Plague in India, 1896, 1897 - Volume 3
Year: 1896
Disease focus: Plague
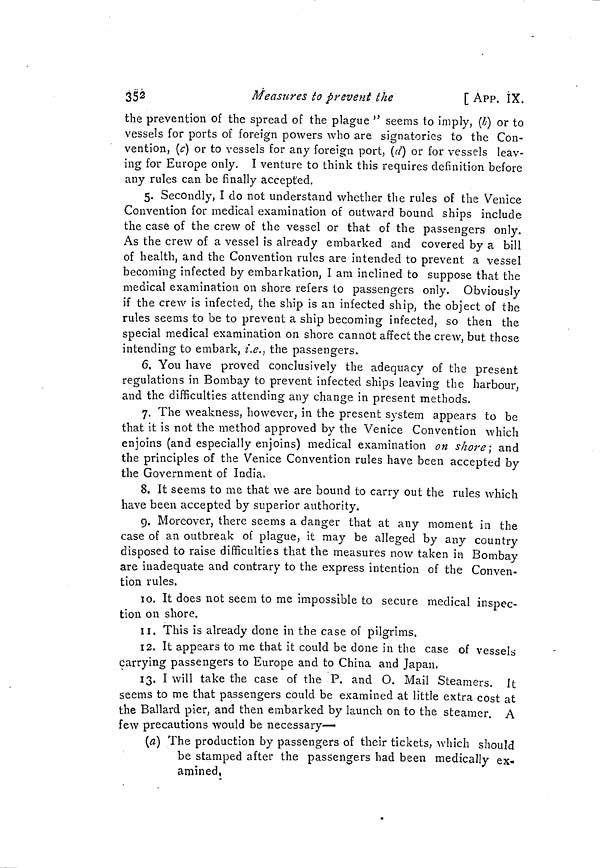
352
Measures to prevent the
[ APP. IX.
the prevention of the spread of the plague " seems to imply, (b) or to
vessels for ports of foreign powers who are signatories to the Con-
vention, (c) or to vessels for any foreign port, (d) or for vessels leav-
ing for Europe only. I venture to think this requires definition before
any rules can be finally accepted.
5. Secondly, I do not understand whether the rules of the Venice
Convention for medical examination of outward bound ships include
the case of the crew of the vessel or that of the passengers only.
As the crew of a vessel is already embarked and covered by a bill
of health, and the Convention rules are intended to prevent a vessel
becoming infected by embarkation, I am inclined to suppose that the
medical examination on shore refers to passengers only. Obviously
if the crew is infected, the ship is an infected ship, the object of the
rules seems to be to prevent a ship becoming infected, so then the
special medical examination on shore cannot affect the crew, but those
intending to embark, i.e. } the passengers.
6. You have proved conclusively the adequacy of the present
regulations in Bombay to prevent infected ships leaving the harbour,
and the difficulties attending any change in present methods.
7. The weakness, however, in the present system appears to be
that it is not the method approved by the Venice Convention which
enjoins (and especially enjoins) medical examination on shore ; and
the principles of the Venice Convention rules have been accepted by
the Government of India.
8. It seems to me that we are bound to carry out the rules which
have been accepted by superior authority.
g. Moreover, there seems a danger that at any moment in the
case of an outbreak of plague, it may be alleged by any country
disposed to raise difficulties that the measures now taken in Bombay
are inadequate and contrary to the express intention of the Conven-
tion rules.
10. It does not seem to me impossible to secure medical inspec-
tion on shore.
11. This is already done in the case of pilgrims.
12. It appears to me that it could be done in the case of vessels
carrying passengers to Europe and to China and Japan.
13. I will take the case of the P. and O. Mail Steamers. It
seems to me that passengers could be examined at little extra cost at
the Ballard pier, and then embarked by launch on to the steamer. A
few precautions would be necessary—
(a) The production by passengers of their tickets, which should
be stamped after the passengers had been medically ex-
amined,